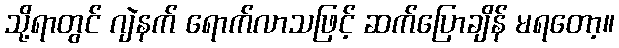
သို့ရာတွင် ဂျဲနက် ရောက်လာသဖြင့် ဆက်ပြောချိန် မရတော့။